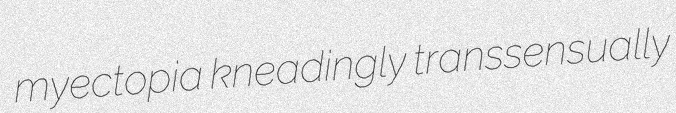
myectopia kneadingly transsensually